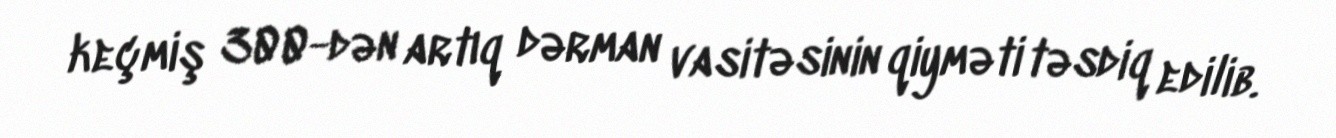
keçmiş 300-dən artıq dərman vasitəsinin qiyməti təsdiq edilib.